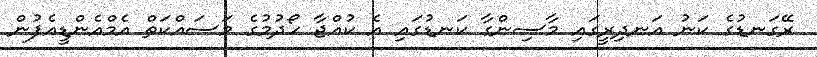
ރޭގަނޑުގެ ކަނު އަނދިރީގައި މާސިންގާ ކަނޑުގައި އެ ކުއްޖާ ހޯދުމުގެ މަސައްކަތް އެމްއެންޑީއެފުން